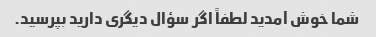
شما خوش آمدید لطفاً اگر سؤال دیگری دارید بپرسید.